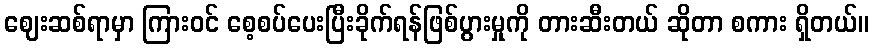
ဈေးဆစ်ရာမှာ ကြားဝင် စေ့စပ်ပေးပြီးခိုက်ရန်ဖြစ်ပွားမှုကို တားဆီးတယ် ဆိုတာ စကား ရှိတယ်။